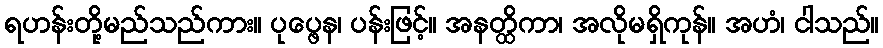
ရဟန်းတို့မည်သည်ကား။ ပုပ္ဖေန၊ ပန်းဖြင့်။ အနတ္ထိကာ၊ အလိုမရှိကုန်။ အဟံ၊ ငါသည်။